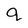
Character: q